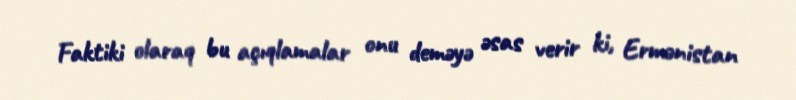
Faktiki olaraq bu açıqlamalar onu deməyə əsas verir ki, Ermənistan